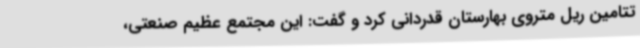
تتامین ریل متروی بهارستان قدردانی کرد و گفت: این مجتمع عظیم صنعتی،